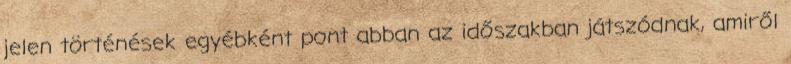
jelen történések egyébként pont abban az időszakban játszódnak, amiről